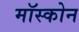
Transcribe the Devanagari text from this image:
मॉस्कोन